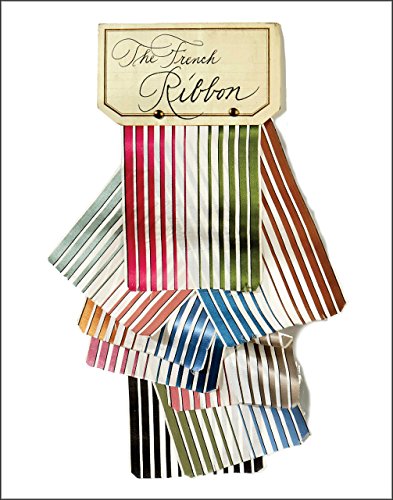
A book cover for The French Ribbon; Suzanne Slesin; Crafts, Hobbies & Home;